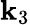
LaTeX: \mathbf{k}_{3}